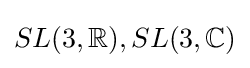
SL(3,\mathbb {R} ),SL(3,\mathbb {C} )